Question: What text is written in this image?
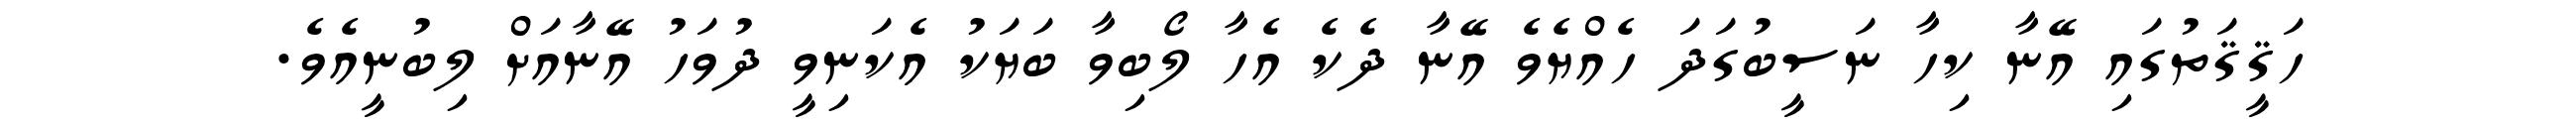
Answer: ހަޤީޤަތުގައި އޭނާ ކިހާ ނަސީބުގަދަ ހެއްޔެވެ އޭނާ ދެކެ އެހާ ލޯބިވާ ބަޔަކު އެކަނިވީ ދުވަހު އޭނާއަށް ލިބުނީއެވެ.